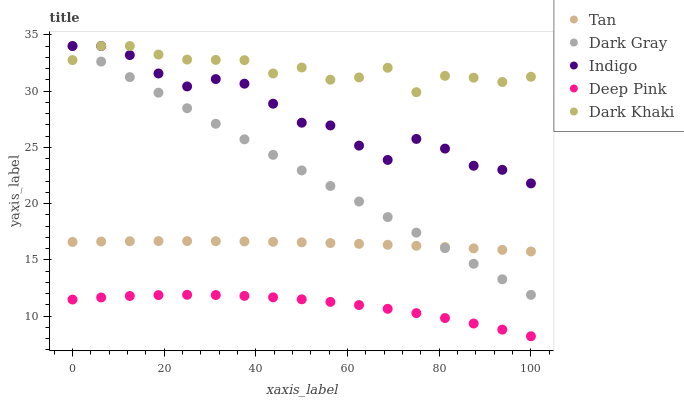
| xaxis_label | Tan | Dark Gray | Indigo | Deep Pink | Dark Khaki |
 | --- | --- | --- | --- | --- | --- |
 | 0 | 16.6 | 34 | 34 | 11.5 | 32.8 |
 | 6.25 | 16.6 | 32.6 | 34 | 11.7 | 34 |
 | 12.5 | 16.7 | 31.2 | 33.2 | 11.8 | 34 |
 | 18.8 | 16.7 | 29.9 | 31.6 | 11.9 | 33.2 |
 | 25 | 16.7 | 28.5 | 30.4 | 11.9 | 32.8 |
 | 31.2 | 16.7 | 27.1 | 31.1 | 11.9 | 32.8 |
 | 37.5 | 16.6 | 25.7 | 30.7 | 11.8 | 32.7 |
 | 43.8 | 16.6 | 24.3 | 28.9 | 11.7 | 31.6 |
 | 50 | 16.6 | 22.9 | 27.2 | 11.5 | 32.1 |
 | 56.2 | 16.5 | 21.6 | 26.9 | 11.3 | 31 |
 | 62.5 | 16.4 | 20.2 | 25.2 | 11 | 31.2 |
 | 68.8 | 16.3 | 18.8 | 23.9 | 10.7 | 32.1 |
 | 75 | 16.3 | 17.4 | 25.7 | 10.3 | 29.9 |
 | 81.2 | 16.1 | 16 | 24.9 | 9.83 | 31.3 |
 | 87.5 | 16 | 14.7 | 23.4 | 9.35 | 31.2 |
 | 93.8 | 15.9 | 13.3 | 23 | 8.81 | 30.8 |
 | 100 | 15.7 | 11.9 | 21.8 | 8.22 | 31.3 |